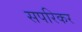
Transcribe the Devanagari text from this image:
सपरिकर